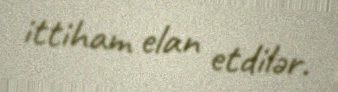
ittiham elan etdilər.